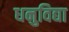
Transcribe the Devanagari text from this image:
धनुविद्या